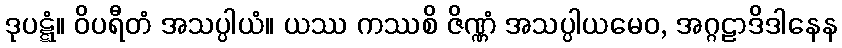
ဒုပဋ္ဋံ။ ဝိပရီတံ အသပ္ပါယံ။ ယဿ ကဿစိ ဇိဏ္ဏံ အသပ္ပါယမေဝ, အဂ္ဂဠာဒိဒါနေန